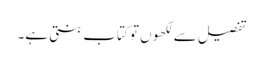
تفصیل سے لکھوں تو کتاب بنتی ہے۔